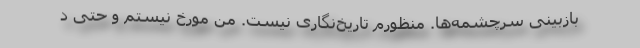
بازبینی سرچشمه‌ها. منظورم تاریخ‌نگاری نیست. من مورخ نیستم و حتی د